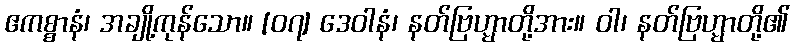
ဧကစ္စာနံ၊ အချို့ကုန်သော။ [၀၇] ဒေဝါနံ၊ နတ်ဗြဟ္မာတို့အား။ ဝါ၊ နတ်ဗြဟ္မာတို့၏